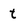
Character: t